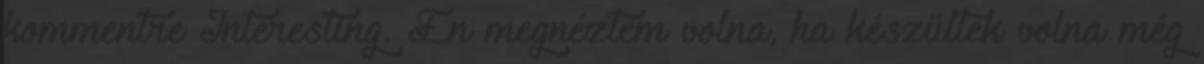
kommentre Interesting. Én megnéztem volna, ha készültek volna még